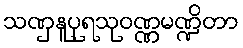
သဏှနူပုရသုဝဏ္ဏမဏ္ဍိတာ